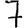
Digit: 7